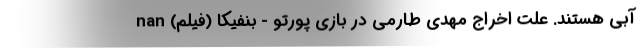
آبی هستند. علت اخراج مهدی طارمی در بازی پورتو - بنفیکا (فیلم) nan